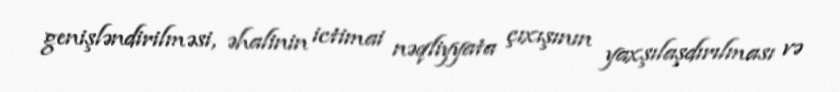
genişləndirilməsi, əhalinin ictimai nəqliyyata çıxışının yaxşılaşdırılması və